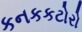
કનકકટોરો